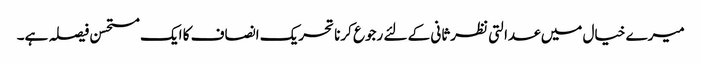
میرے خیال میں عدالتی نظرثانی کے لئے رجوع کرنا تحریک انصاف کا ایک مستحسن فیصلہ ہے۔